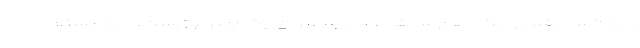
در ۳۰ سال قبل و یکی هم سابقه علمی به عنوان یک ایمنولوژیست، می‌دانستم